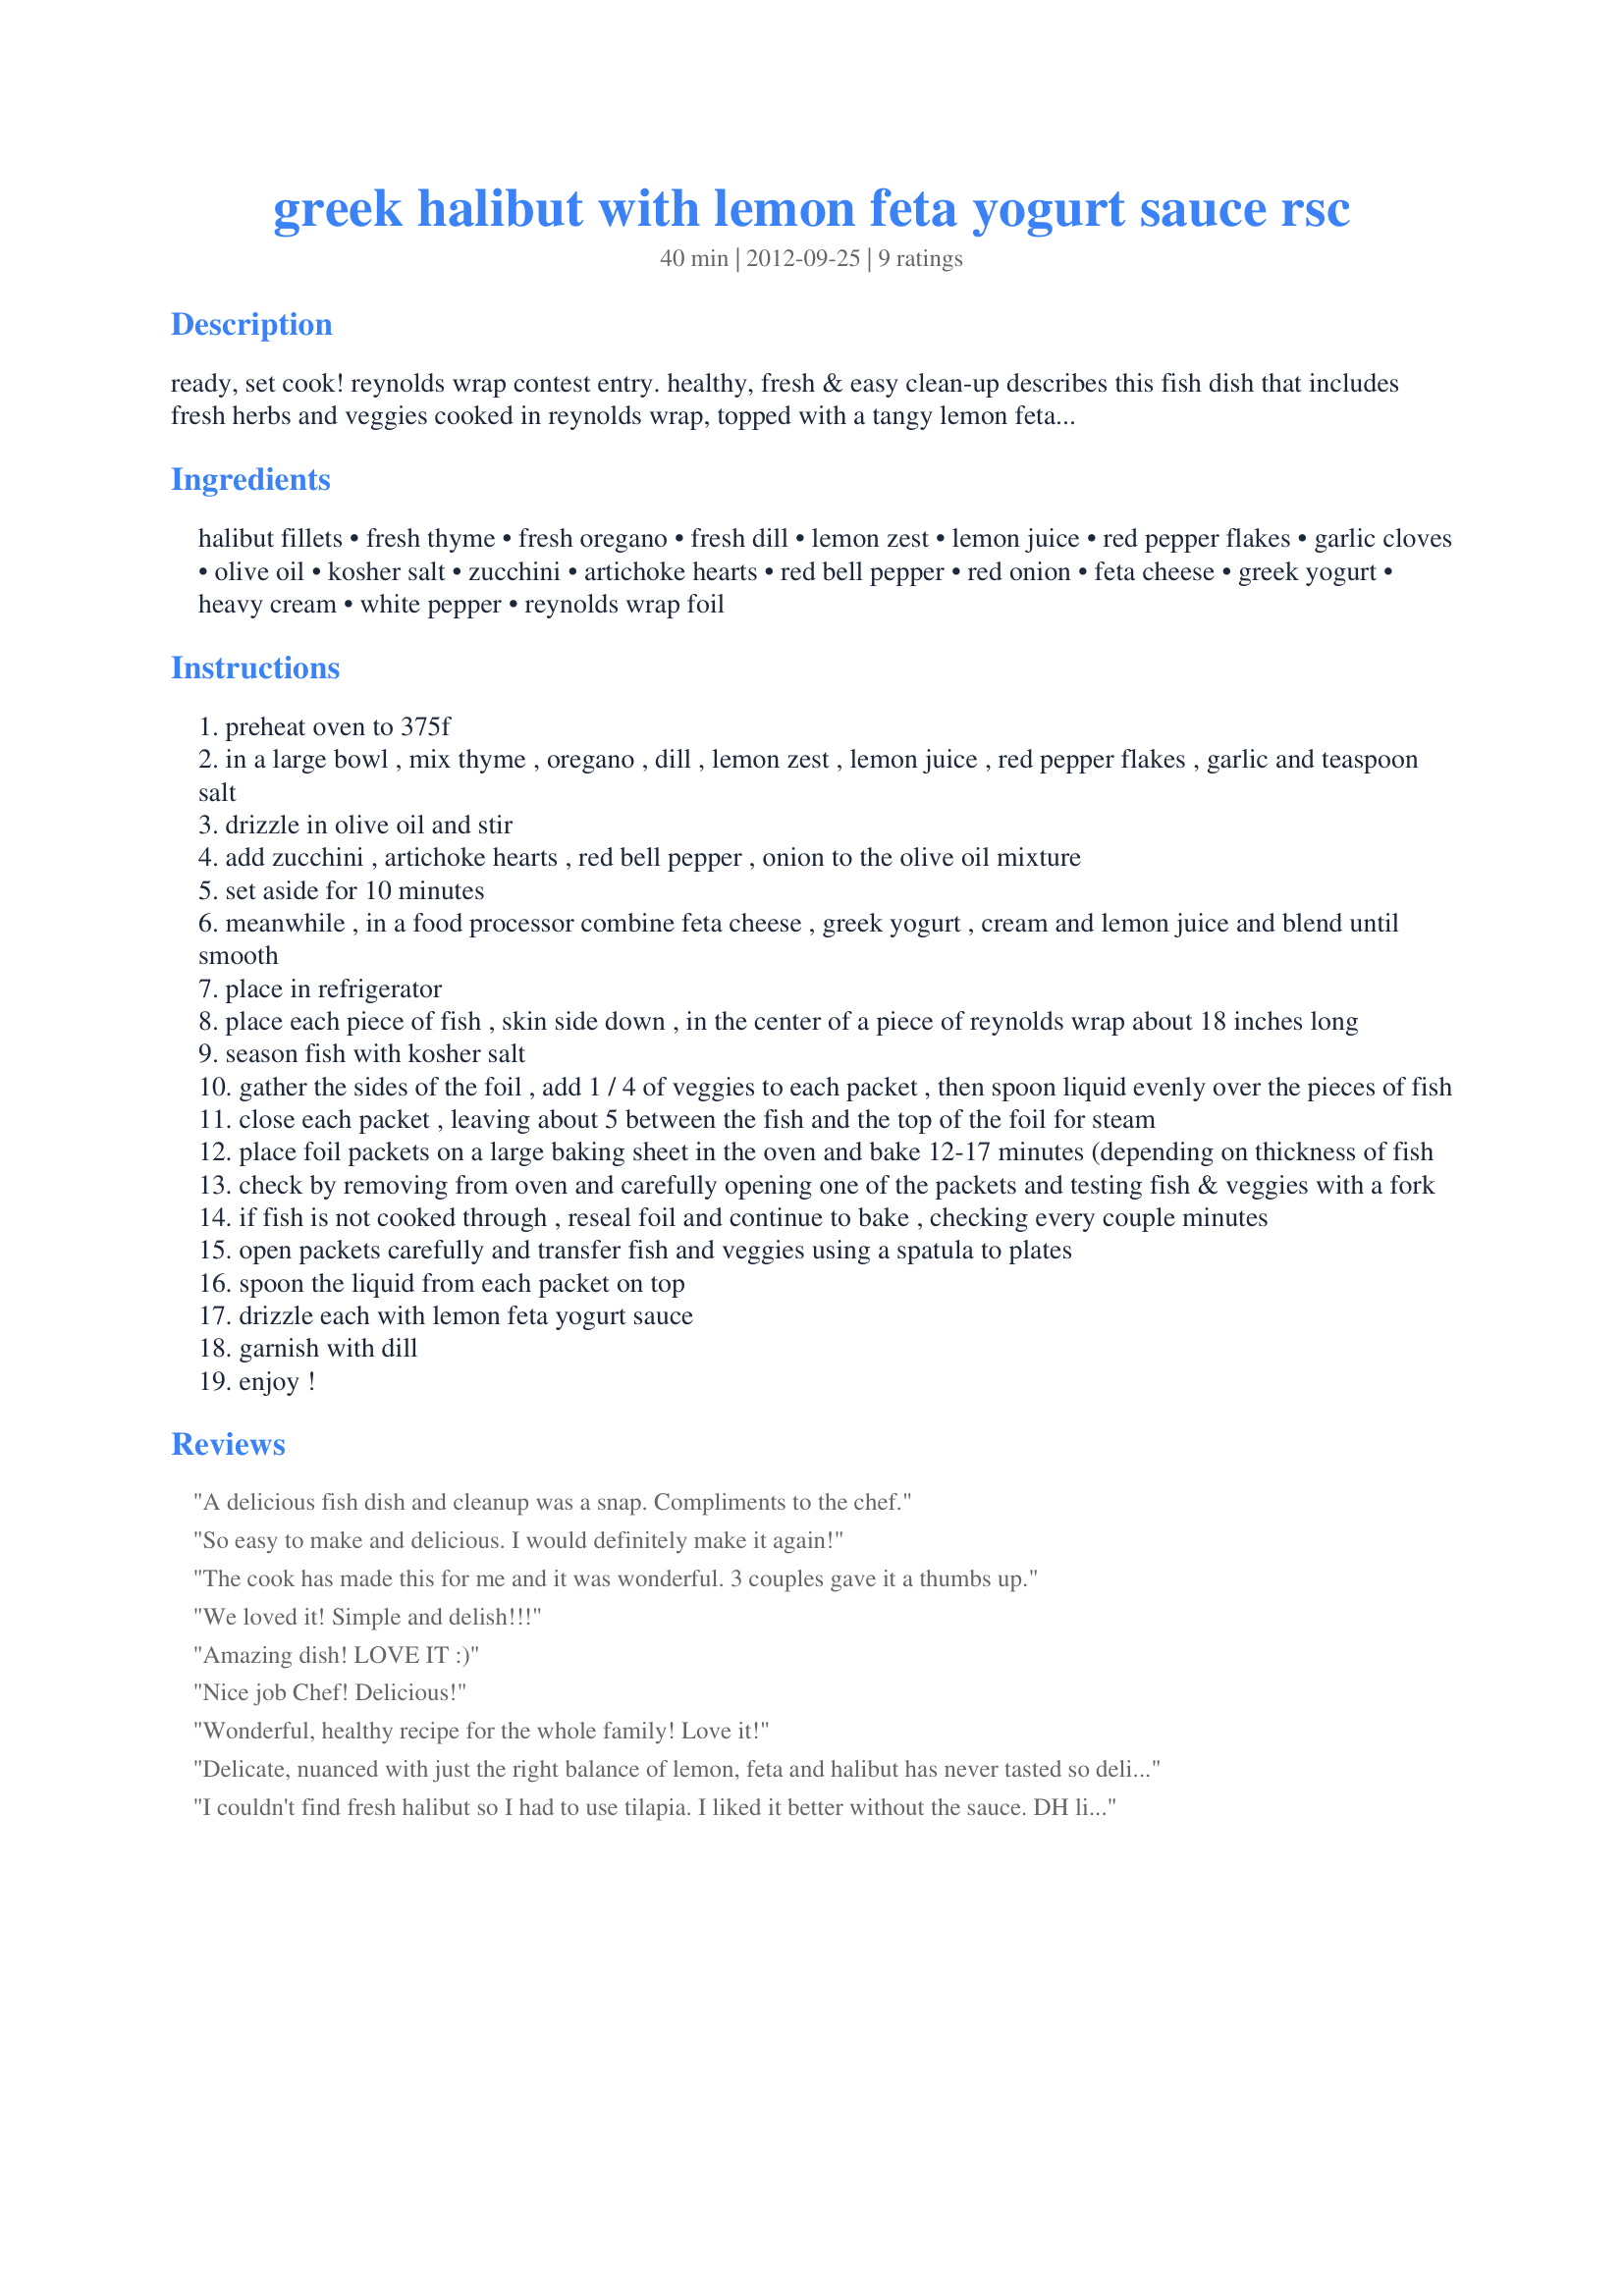
greek halibut with lemon feta yogurt sauce rsc
Preparation time: 40 minutes

ready, set cook! reynolds wrap contest entry. healthy, fresh & easy clean-up describes this fish dish that includes fresh herbs and veggies cooked in reynolds wrap, topped with a tangy lemon feta yogurt sauce.

Ingredients:
halibut fillets, fresh thyme, fresh oregano, fresh dill, lemon zest, lemon juice, red pepper flakes, garlic cloves, olive oil, kosher salt, zucchini, artichoke hearts, red bell pepper, red onion, feta cheese, greek yogurt, heavy cream, white pepper, reynolds wrap foil

Steps:
preheat oven to 375f
in a large bowl , mix thyme , oregano , dill , lemon zest , lemon juice , red pepper flakes , garlic and teaspoon salt
drizzle in olive oil and stir
add zucchini , artichoke hearts , red bell pepper , onion to the olive oil mixture
set aside for 10 minutes
meanwhile , in a food processor combine feta cheese , greek yogurt , cream and lemon juice and blend until smooth
place in refrigerator
place each piece of fish , skin side down , in the center of a piece of reynolds wrap about 18 inches long
season fish with kosher salt
gather the sides of the foil , add 1 / 4 of veggies to each packet , then spoon liquid evenly over the pieces of fish
close each packet , leaving about 5 between the fish and the top of the foil for steam
place foil packets on a large baking sheet in the oven and bake 12-17 minutes (depending on thickness of fish
check by removing from oven and carefully opening one of the packets and testing fish & veggies with a fork
if fish is not cooked through , reseal foil and continue to bake , checking every couple minutes
open packets carefully and transfer fish and veggies using a spatula to plates
spoon the liquid from each packet on top
drizzle each with lemon feta yogurt sauce
garnish with dill
enjoy !

Reviews:
A delicious fish dish and cleanup was a snap. Compliments to the chef.
So easy to make and delicious. I would definitely make it again!
The cook has made this for me and it was wonderful. 3 couples gave it a thumbs up.
We loved it! Simple and delish!!!
Amazing dish! LOVE IT :)
Nice job Chef! Delicious!
Wonderful, healthy recipe for the whole family! Love it!
Delicate, nuanced with just the right balance of lemon, feta and halibut has never tasted so delicious. What a gem!
I couldn't find fresh halibut so I had to use tilapia. I liked it better without the sauce. DH liked it with the sauce and DD didn't care for it at all.
